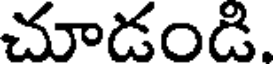
చూడండి.